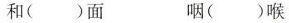
和（ ）面 咽（ ）喉